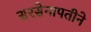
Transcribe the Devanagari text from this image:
सरसेनापतीने